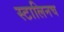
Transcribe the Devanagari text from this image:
स्टालिनच